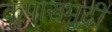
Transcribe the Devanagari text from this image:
कृपासमुद्री